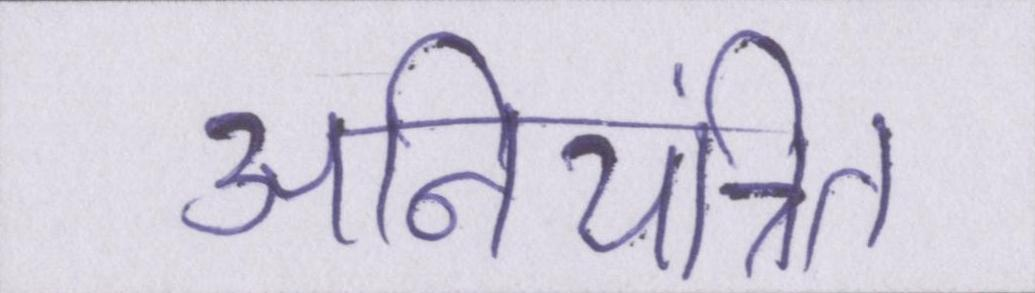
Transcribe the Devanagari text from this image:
अनियंत्रित